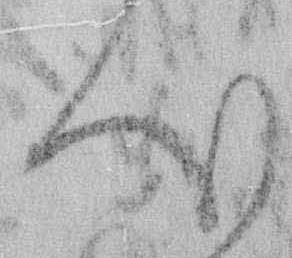
心